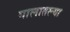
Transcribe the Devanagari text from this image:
गालातल्या